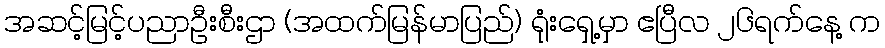
အဆင့်မြင့်ပညာဦးစီးဌာ (အထက်မြန်မာပြည်) ရုံးရှေ့မှာ ဧပြီလ ၂၆ရက်နေ့ က